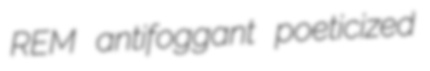
REM antifoggant poeticized